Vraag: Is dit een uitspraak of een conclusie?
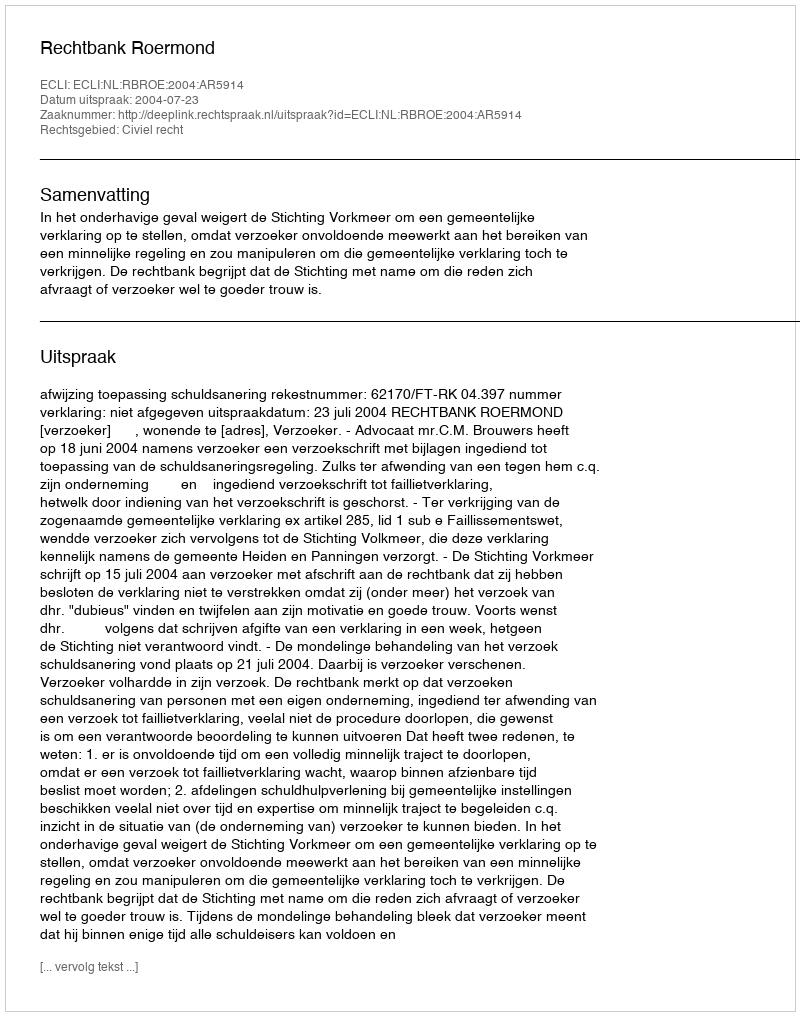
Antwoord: Uitspraak